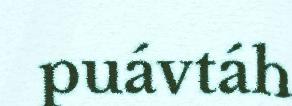
puávtáh